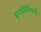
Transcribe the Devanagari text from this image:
इन्जीनियरी